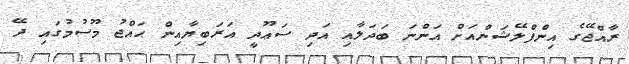
ރާއްޖޭގެ އިންފްލޭޝަންއަށް އަންނަ ބަދަލާއި އަދި ސަޢޫދީ އަރަބިޔާއިން ޙައްޖު މޫސުމުގައި ދޭ